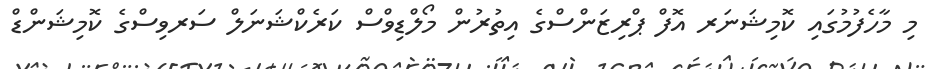
މި މާހެފުމުގައި ކޮމިޝަނަރ އޮފް ޕްރިޒަންސްގެ އިތުރުން މޯލްޑިވްސް ކަރެކްޝަނަލް ސަރވިސްގެ ކޮމިޝަންޑް